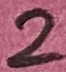
Text: 2